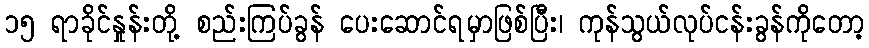
၁၅ ရာခိုင်နှုန်းတို့ စည်းကြပ်ခွန် ပေးဆောင်ရမှာဖြစ်ပြီး၊ ကုန်သွယ်လုပ်ငန်းခွန်ကိုတော့